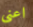
اعنى